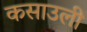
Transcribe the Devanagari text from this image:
कसाउली